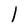
Character: I